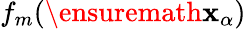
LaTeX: f_{m}(\ensuremath{\mathbf{x}}_{\alpha})